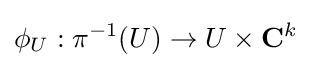
\phi _{U}:\pi ^{-1}(U)\to U\times \mathbf {C} ^{k}